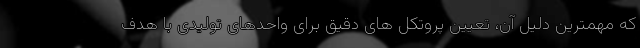
که مهمترین دلیل آن، تعیین پروتکل های دقیق برای واحدهای تولیدی با هدف